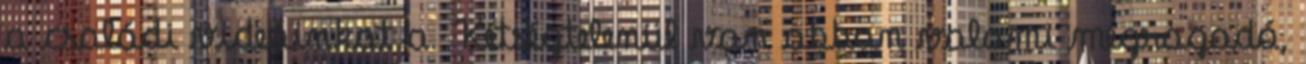
a családi videóinkat a. Kétségtelenül van abban valami megragadó,